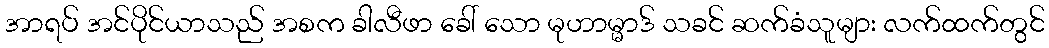
အာရပ် အင်ပိုင်ယာသည် အစက ခါလီဖာ ခေါ် သော မုဟာမ္မာဒ် သခင် ဆက်ခံသူများ လက်ထက်တွင်